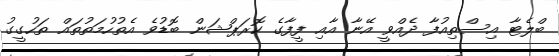
ބްލެޓާ އިސްތިއުފާ ދެއްވީ އޭނާ އާއި ފީފާގެ ކޮރަޕްޝަން ބޮޑުވެ އެތުހުމަތުތައް ތަހުގީގު